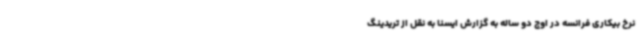
نرخ بیکاری فرانسه در اوج دو ساله به گزارش ایسنا به نقل از تریدینگ